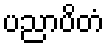
ပညာပိတံ